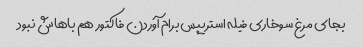
بجای مرغ سوخاری فیله استریپس برام آوردن فاکتور هم باهاش نبود